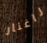
راغنار